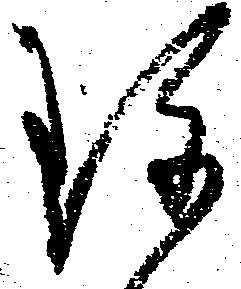
珍